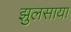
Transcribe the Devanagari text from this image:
झुलसाया